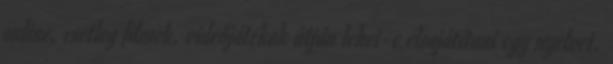
online, esetleg filmek, videójátékok útján lehet-e elsajátítani egy nyelvet.